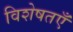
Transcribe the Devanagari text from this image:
विशेषतएँ